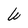
Character: W